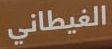
الغيطاني